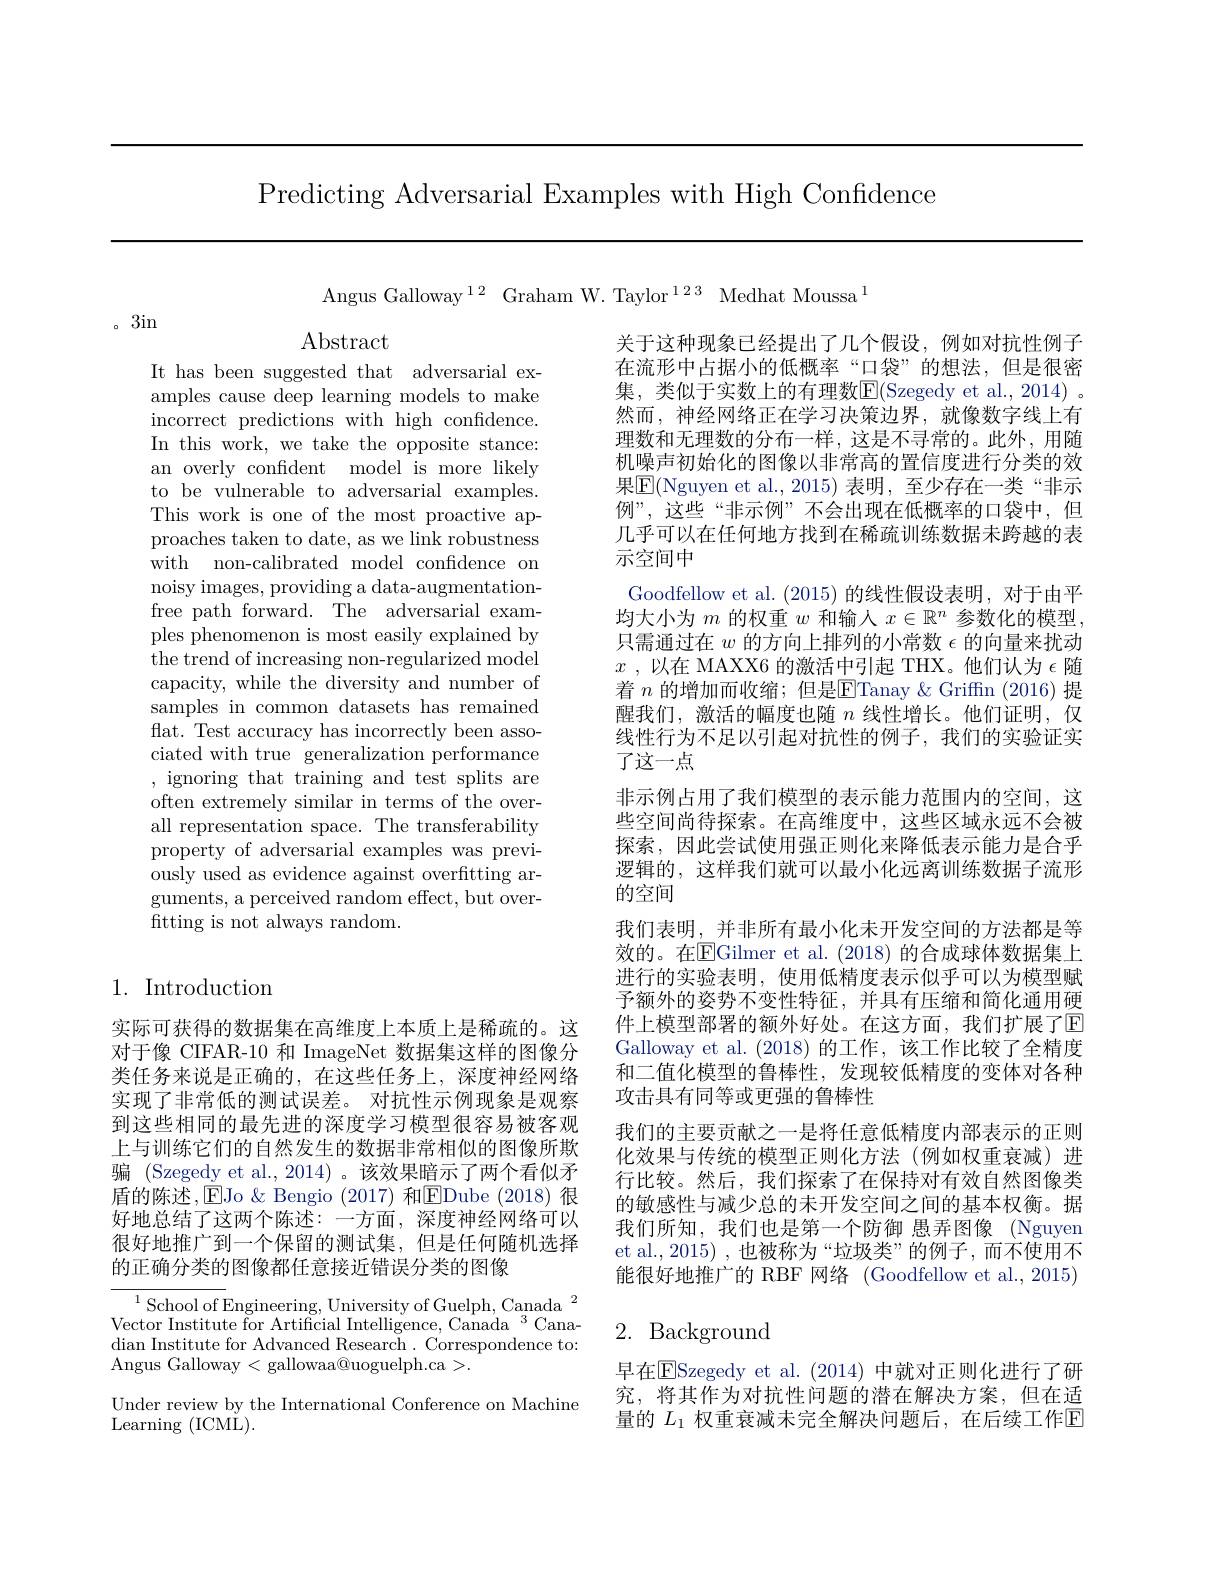
Predicting Adversarial Examples with High Confidence

Angus Galloway$^{12}$ Graham W. Taylor$^{123}$ Medhat Moussa$^{1}$

。3in

$\operatorname{Abstract}$

It has been suggested that adversarial examples cause deep learning models to make incorrect predictions with high confidence. In this work, we take the opposite stance: an overly confident model is more likely to be vulnerable to adversarial examples. This work is one of the most proactive approaches taken to date, as we link robustness with non-calibrated model confidence on noisy images, providing a data-augmentationfree path forward. The adversarial examples phenomenon is most easily explained by the trend of increasing non-regularized model capacity, while the diversity and number of samples in common datasets has remained flat. Test accuracy has incorrectly been associated with true generalization performance , ignoring that training and test splits are often extremely similar in terms of the overall representation space. The transferability property of adversarial examples was previously used as evidence against overfitting arguments, a perceived random effect, but overftting is not always random.

关于这种现象已经提出了几个假设，例如对抗性例子在流形中占据小的低概率“口袋”的想法，但是很密集，类似于实数上的有理数E(Szegedy et al.,2014)。然而，神经网络正在学习决策边界，就像数字线上有理数和无理数的分布一样，这是不寻常的。此外，用随机噪声初始化的图像以非常高的置信度进行分类的效果$\mathbb{E}($Nguyen et al.,2015)表明，至少存在一类“非示例”,这些“非示例”不会出现在低概率的口袋中，但几乎可以在任何地方找到在稀疏训练数据未跨越的表示空间中
Goodfellow et al. (2015) 的线性假设表明，对于由平均大小为$m$的权重$w$和输入$x\in\mathbb{R}^n$参数化的模型， 只需通过在$w$的方向上排列的小常数$\epsilon$的向量来扰动$x$ , 以 在 MAXX6 的 激 活 中 引 起 THX。他 们 认 为 $\epsilon$随着 $n$ 的增加而收缩；但是$\overline{\mathrm{E}}$Tanay &Griffn (2016) 提醒我们，激活的幅度也随$n$线性增长。他们证明，仅线性行为不足以引起对抗性的例子，我们的实验证实了这一点
非示例占用了我们模型的表示能力范围内的空间，这些空间尚待探索。在高维度中，这些区域永远不会被探索，因此尝试使用强正则化来降低表示能力是合乎逻辑的，这样我们就可以最小化远离训练数据子流形的空间
我们表明，并非所有最小化未开发空间的方法都是等效的。在$\boxed{\mathrm{FGilmer~et~al.~}}(2018)$ 的合成球体数据集上进行的实验表明，使用低精度表示似乎可以为模型赋予额外的姿势不变性特征，并具有压缩和简化通用硬件上模型部署的额外好处。在这方面，我们扩展了E Galloway et al. (2018)的工作，该工作比较了全精度和二值化模型的鲁棒性，发现较低精度的变体对各种攻击具有同等或更强的鲁棒性
我们的主要贡献之一是将任意低精度内部表示的正则化效果与传统的模型正则化方法(例如权重衰减)进行比较。然后，我们探索了在保持对有效自然图像类的敏感性与减少总的未开发空间之间的基本权衡。据我们所知，我们也是第一个防御 愚弄图像 (Nguyen et al.,2015) ,也被称为“垃圾类”的例子，而不使用不能很好地推广的 RBF 网络 (Goodfellow et al., 2015) 2. Background

## 1. Introduction

实际可获得的数据集在高维度上本质上是稀疏的。这对于像 CIFAR-10 和 ImageNet 数据集这样的图像分类任务来说是正确的，在这些任务上，深度神经网络实现了非常低的测试误差。对抗性示例现象是观察到这些相同的最先进的深度学习模型很容易被客观上与训练它们的自然发生的数据非常相似的图像所欺骗 (Szegedy et al.,2014) 。该效果暗示了两个看似矛盾的陈述，EJo & Bengio (2017) 和EDube ( 2018) 很好地总结了这两个陈述：一方面，深度神经网络可以很好地推广到一个保留的测试集，但是任何随机选择的正确分类的图像都任意接近错误分类的图像

${^{1}\text{School of }}$Engineering, University of Guelph, Canada$^2$ Vector Institute for Artificial Intelligence, Canada $^{3}$Canadian Institute for Advanced Research . Correspondence to: Angus Galloway < gallowaa@uoguelph.ca >.
Under review by the International Conference on Machine
${\mathrm{Learning~(ICML).}}$

早在ESzegedy et al.(2014)中就对正则化进行了研究，将其作为对抗性问题的潜在解决方案，但在适量的 $L_1$ 权重衰减未完全解决问题后，在后续工作$\mathbb{E}$